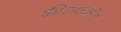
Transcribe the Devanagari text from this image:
की।भारतीय